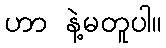
ဟာ နဲ့မတူပါ။